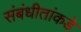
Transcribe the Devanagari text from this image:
संबंधीतांकडे